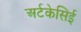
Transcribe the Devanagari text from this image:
अर्टकेसिई